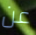
عن